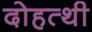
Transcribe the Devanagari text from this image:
दोहत्थी